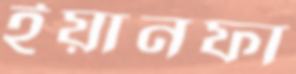
ইয়ানফা